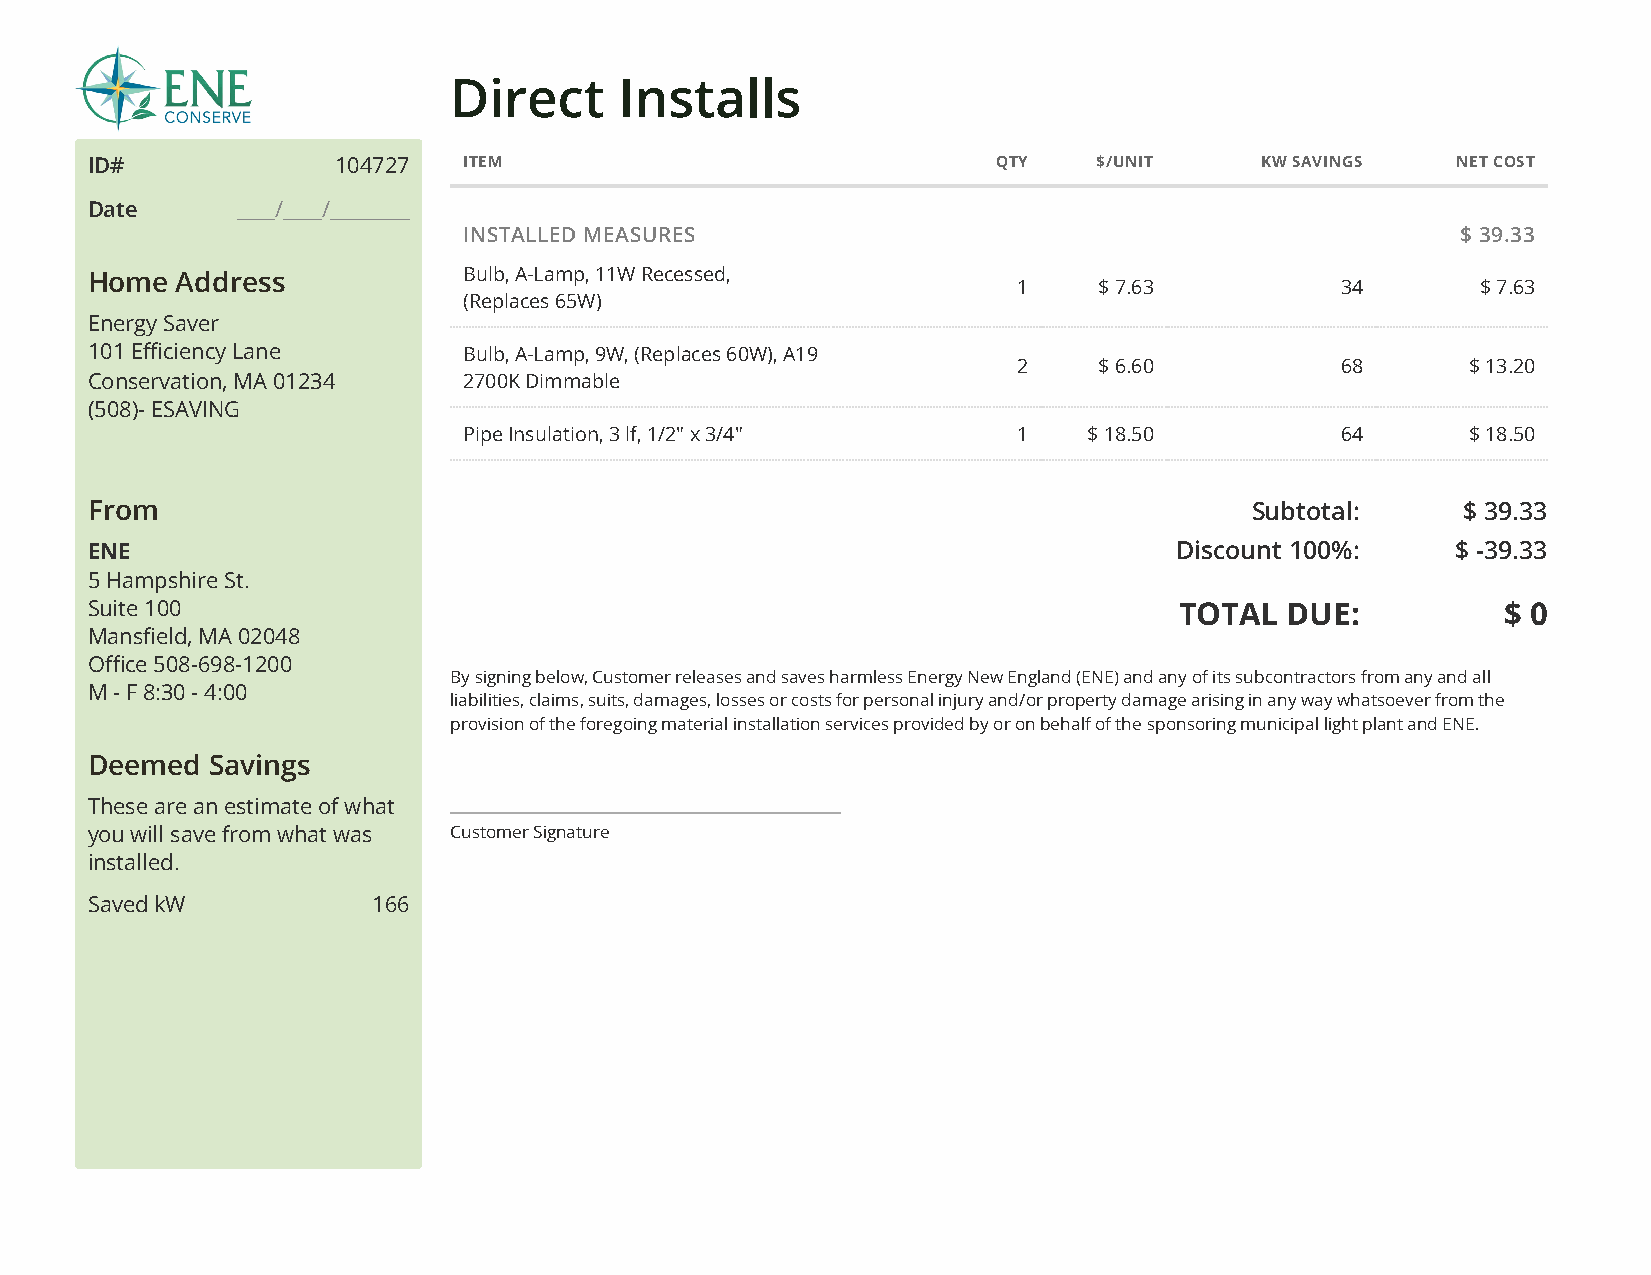
Direct     Installs
 ID#             104727   ITEM                               QTY    $/UNIT    KW SAVINGS   NET COST
 Date      ____/____/________
 INSTALLED MEASURES                                                $ 39.33
 Home  Address            Bulb, A-Lamp, 11W Recessed,
 1     $ 7.63          34       $ 7.63
 (Replaces 65W)
 Energy Saver
 101 Efficiency Lan e     Bulb, A-Lamp, 9W, (Replaces 60W), A19
 2     $ 6.60          68      $ 13.20
 Conservation, MA 01 234  2700K Dimmable
 (508)- ESAVING
 Pipe Insulation, 3 lf, 1/2" x 3/4"  1    $ 18.50          64      $ 18.50
 From                                                                         Subtotal:     $ 39.33
 ENE                                                                     Discount 100%:    $ -39.33
 5 Hampshire St.
 Suite 100                                                               TOTAL  DUE:           $ 0
 Mansfield, MA 02048
 Oce 508-698-1200
 By signing below, Customer releases and saves harmless Energy New England (ENE) and any of its subcontractors from any and all
 M - F8:30 - 4:00
 liabilities, claims, suits, damages, losses or costs for personal injury and/or property damage arising in any way whatsoever from the
 provision of the foregoing material installation services provided by or on behalf of the sponsoring municipal light plant and ENE.
 Deemed  Savings
 These are an estimate of what
 you will save from what was Customer Signature
 installed.
 Saved kW           166